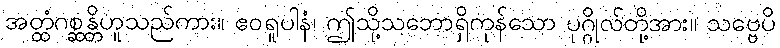
အတ္ထံဂစ္ဆန္တိဟူသည်ကား။ ဧဝရူပါနံ၊ ဤသို့သဘောရှိကုန်သော ပုဂ္ဂိုလ်တို့အား။ သဗ္ဗေပိ